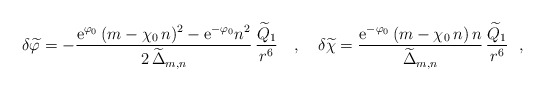
\begin{align*}\delta{\widetilde\varphi}= - \frac{{\rm e}^{\varphi_0}\,(m-\chi_0\,n)^2-{\rm e}^{-\varphi_0}n^2}{2\,{\widetilde\Delta}_{m,n}}\,\frac{{\widetilde Q}_1}{r^6} ~~~,~~~\delta{\widetilde\chi} =\frac{{\rm e}^{-\varphi_0}\,(m-\chi_0\,n)\,n}{{\widetilde\Delta}_{m,n}}\,\frac{{\widetilde Q}_1}{r^6 }~~,\end{align*}